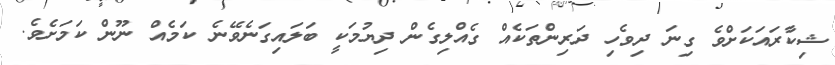
ޝިކާރައަކަށްވެ ގިނަ ދިވެހި ދަރިންތަކެއް ގެއްލިގެން ދިޔުމަކީ ބަލައިގަނެވޭނެ ކަމެއް ނޫން ކަމަށެވެ.